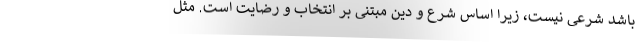
باشد شرعی نیست، زیرا اساس شرع و دین مبتنی بر انتخاب و رضایت است. مثل